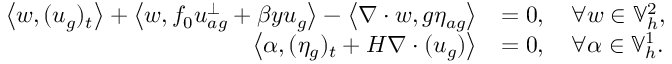
\begin{array} { r l } { \left\langle w , ( u _ { g } ) _ { t } \right\rangle + \left\langle w , f _ { 0 } u _ { a g } ^ { \perp } + \beta y u _ { g } \right\rangle - \left\langle \nabla \cdot w , g \eta _ { a g } \right\rangle } & { = 0 , \quad \forall w \in \mathbb { V } _ { h } ^ { 2 } , } \\ { \left\langle \alpha , ( \eta _ { g } ) _ { t } + H \nabla \cdot ( u _ { g } ) \right\rangle } & { = 0 , \quad \forall \alpha \in \mathbb { V } _ { h } ^ { 1 } . } \end{array}